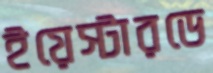
ইয়েস্টারডে